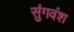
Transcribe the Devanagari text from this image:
सुंगवंश